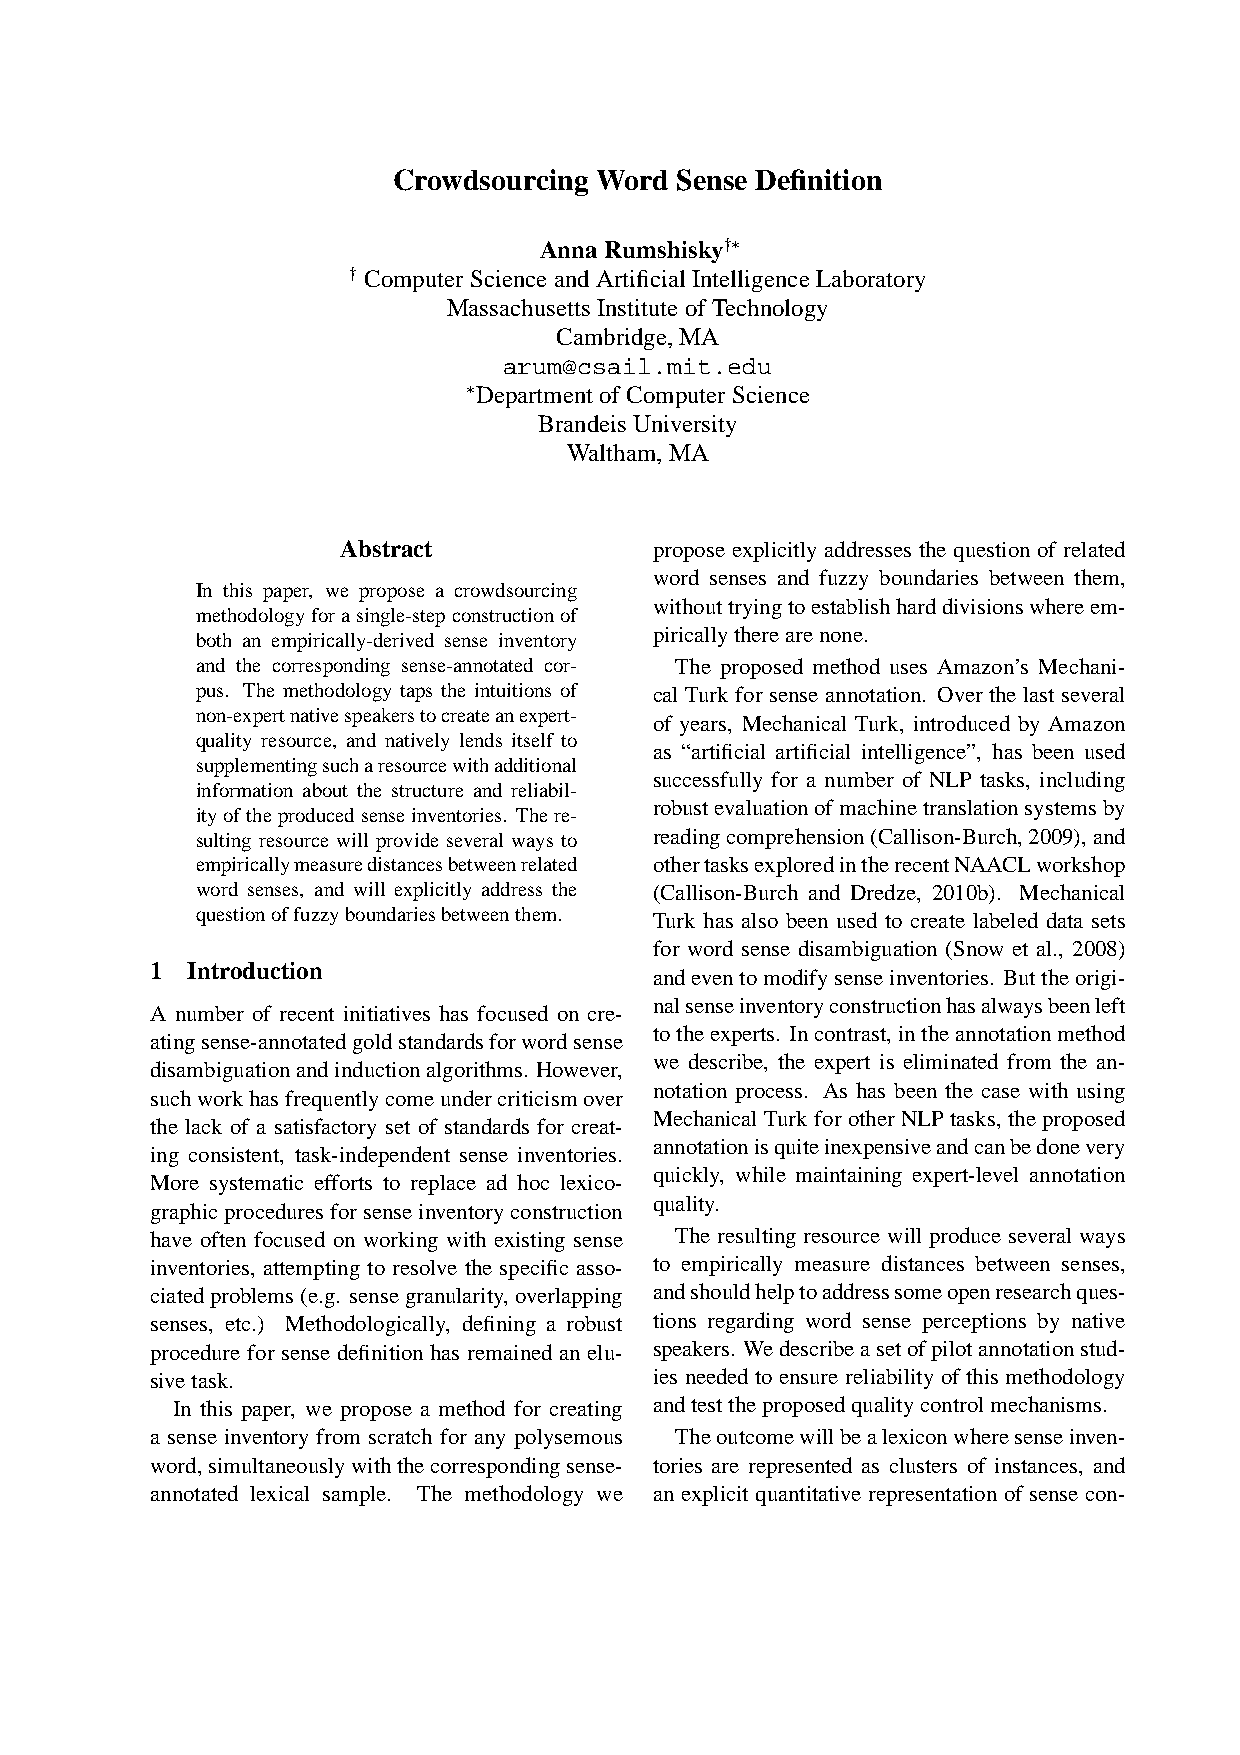
Crowdsourcing Word Sense Definition
 AnnaRumshisky†∗
 † ComputerScienceandArtificialIntelligenceLaboratory
 MassachusettsInstitute ofTechnology
 Cambridge, MA
 arum@csail.mit.edu
 ∗DepartmentofComputerScience
 BrandeisUniversity
 Waltham,MA
 Abstract            propose explicitly addresses the question of related
 word senses and fuzzy boundaries between them,
 In this paper, we propose a crowdsourcing
 withouttryingtoestablishharddivisionswhereem-
 methodologyforasingle-stepconstructionof
 piricallytherearenone.
 both an empirically-derived sense inventory
 and the corresponding sense-annotated cor- The proposed method uses Amazon’s Mechani-
 pus. The methodology taps the intuitions of cal Turk for sense annotation. Over the last several
 non-expertnativespeakerstocreateanexpert-
 of years, Mechanical Turk, introduced by Amazon
 quality resource, and natively lends itself to
 as “artificial artificial intelligence”, has been used
 supplementingsucharesourcewithadditional
 successfully for a number of NLP tasks, including
 information about the structure and reliabil-
 robustevaluationofmachinetranslationsystemsby
 ityoftheproducedsenseinventories. There-
 sulting resource will provide several ways to readingcomprehension(Callison-Burch,2009),and
 empiricallymeasuredistancesbetweenrelated othertasksexploredintherecentNAACLworkshop
 word senses, and will explicitly address the (Callison-Burch and Dredze, 2010b). Mechanical
 questionoffuzzyboundariesbetweenthem. Turk has also been used to create labeled data sets
 for word sense disambiguation (Snow et al., 2008)
 1 Introduction
 andeventomodifysenseinventories. Buttheorigi-
 nalsenseinventoryconstructionhasalwaysbeenleft
 A number of recent initiatives has focused on cre-
 totheexperts. Incontrast,intheannotationmethod
 atingsense-annotatedgoldstandardsforwordsense
 we describe, the expert is eliminated from the an-
 disambiguationandinductionalgorithms. However,
 notation process. As has been the case with using
 suchworkhasfrequentlycomeundercriticismover
 Mechanical Turk for other NLP tasks, the proposed
 the lack of a satisfactory set of standards for creat-
 annotationisquiteinexpensiveandcanbedonevery
 ing consistent, task-independent sense inventories.
 quickly, while maintaining expert-level annotation
 More systematic efforts to replace ad hoc lexico-
 quality.
 graphicproceduresforsenseinventoryconstruction
 have often focused on working with existing sense The resulting resource will produce several ways
 inventories, attempting to resolve the specific asso- to empirically measure distances between senses,
 ciatedproblems(e.g. sensegranularity,overlapping andshouldhelptoaddresssomeopenresearchques-
 senses, etc.) Methodologically, defining a robust tions regarding word sense perceptions by native
 procedure for sense definition has remained an elu- speakers. Wedescribeasetofpilotannotationstud-
 sivetask.                        ies needed to ensure reliability of this methodology
 In this paper, we propose a method for creating andtesttheproposedqualitycontrolmechanisms.
 a sense inventory from scratch for any polysemous Theoutcomewillbealexiconwheresenseinven-
 word,simultaneouslywiththecorrespondingsense- tories are represented as clusters of instances, and
 annotated lexical sample. The methodology we an explicit quantitative representation of sense con-